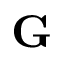
\mathbf { G }